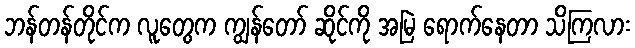
ဘန်တန်တိုင်က လူတွေက ကျွန်တော် ဆိုင်ကို အမြဲ ရောက်နေတာ သိကြလား